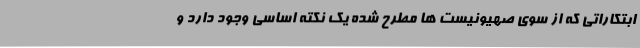
ابتکاراتی که از سوی صهیونیست ها مطرح شده یک نکته اساسی وجود دارد و